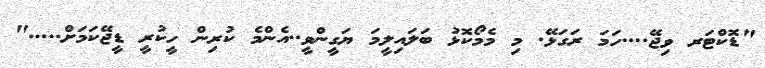
"ޑޮކްޓަރ ވިޖޭ....ހަމަ ރަގަޅޭ. މި މެމޯކޮޅު ބަލައިލީމަ ޔަގީންވީ..އެންމެ ކުރިން ހީކުރީ ޑީޖޭކަމަށް....."